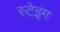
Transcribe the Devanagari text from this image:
स्टेइंग